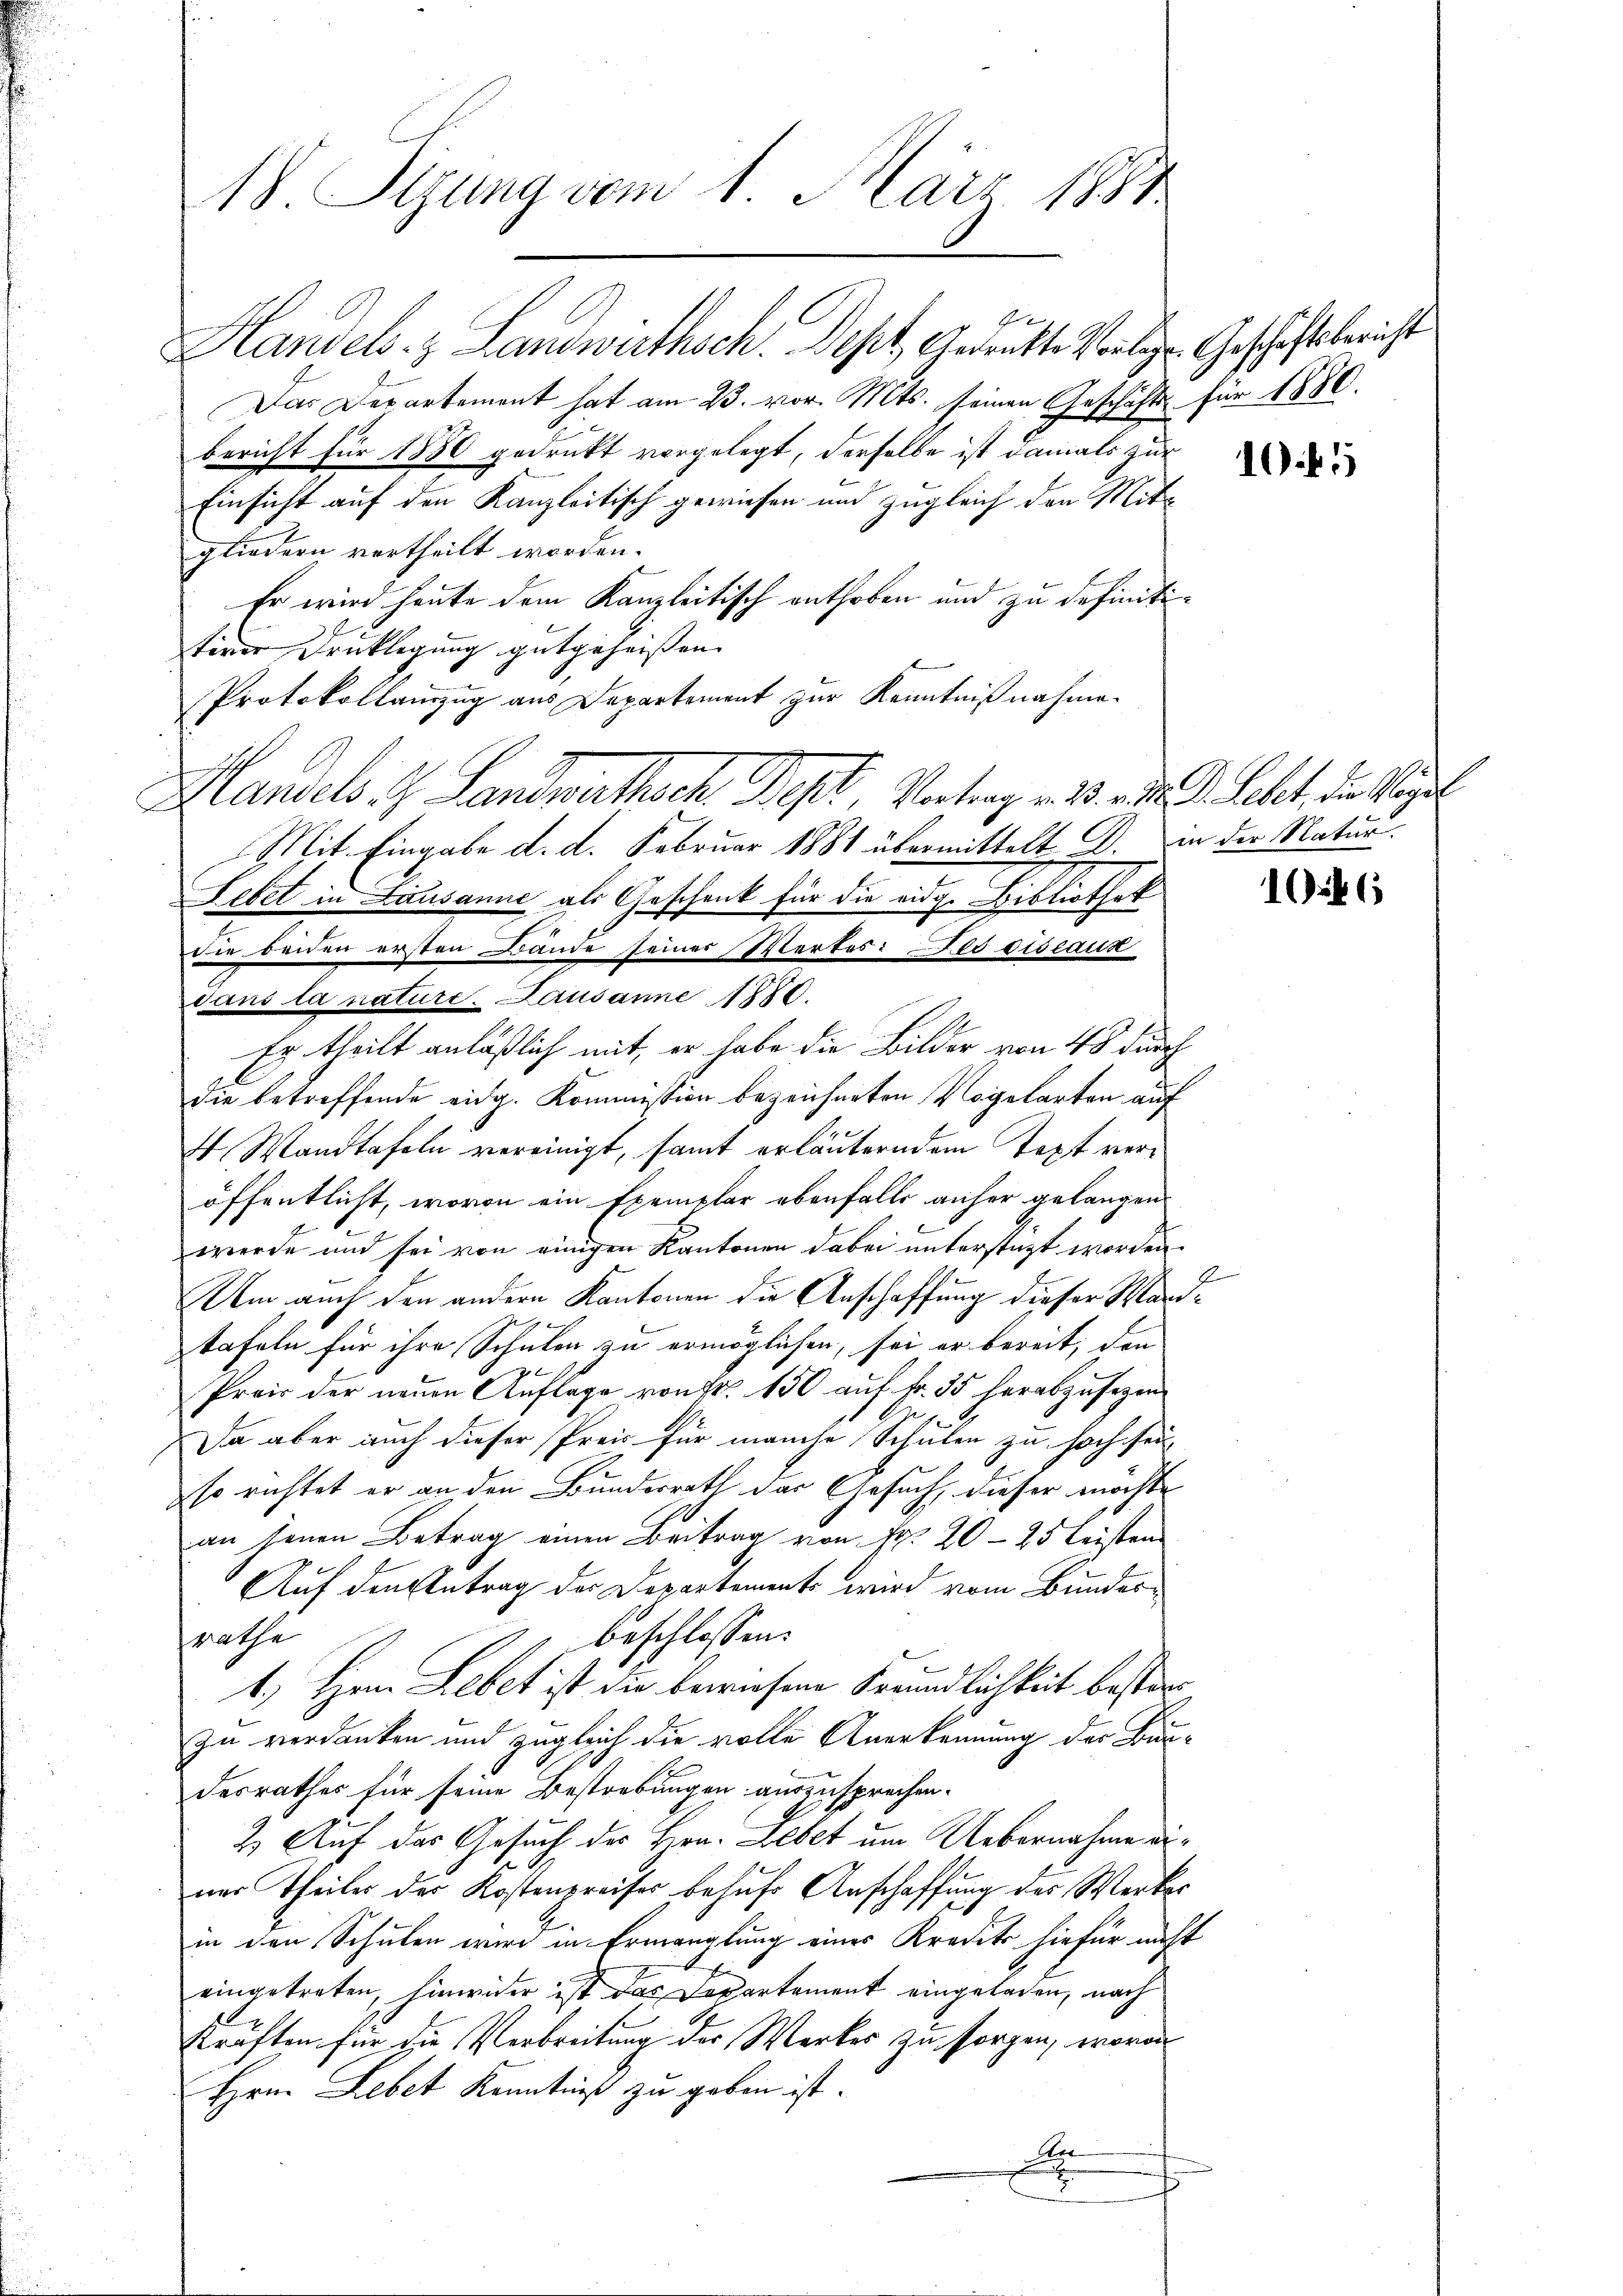
B

18. Sizung vom 1. März 1881

Handels- & Landwirthsch. Sept, Gedankte Vorlg. Geschaftsbericht
Das Departement hat am 23. vor. Mts. seinen Geschäfts für 1880.
bericht für 1880 gedrukt vorgelegt, derselbe ist damals zur
Einsicht auf den Kanzleitisch gewiesen und zugleich den Mitgliedern vertheilt worden.
Er wird heute dem Kanzleitisch enthoben und zu definititiver Drucklegung gutgeheissen. |
Protokollanzug aus Departement zur Kenntnißnahme.
Handels . Landrathsch Best, Vertrag v. 13. d. J. Lehet, die Regel
Mit Eingabe d. d. Februar 1881 übermittelt D. in der Natur.
Fetet in Lausanne als Geschenk für die eidg. Bibliothek
Die beiden ersten Bande seiner Wertes: Des diseaux
dans la nature. Lausanne 1880.
Er theilt anläßlich mit, er habe die Bilder von 48 durch
die betreffende eidg. Kommission bezeichneten Vogelarten auf
 Wandtafeln vereinigt, samt erläuterndem Text veröffentlicht, wovon ein Exemplar ebenfalls anher gelangen
werde und sei von einigen Kantonen dabei unterstagt worden.
b
m auch den andern Kantonen die Anschaffung dieser Maritafeln für ihre Schulen zu ermöglichen, sei er bereit, den
Prois der neuen Auflage von Fr. 150 auf Fr. 35 herabzusezen
Da aber auch dieser Preis für manche Schulen zu hoch sei
so richtet er an den Bundesrath das Gesuch, dieser möchte
an jenen Betrag einen Beitrag von Fr. 20 - 25 leisten
Auf den Antrag der Departements wird vom Bundes
beschlossen:
srathe
1.) Hern Lebet ist die bewiesene Freundlichkeit bestiezu verdanken und zugleich die volle Anerkennung der Baudesrathes für seine Bestrebungen auszusprechen.
2. Auf das Gesuch des Hrn. Lebet um Uebernahme einer Theiler der Kostenpreises behufs Anschaffung des Werker
in den Schulen wird in Ermanglung eines Kredits hiefür nicht
eingetreten, hinwider ist das Departement eingeladen, nach
kräften für die Verbreitung der Werkes zu sorgen, wovon
Hrn. Lebet Kenntniß zu geben ist.
A

10.45

146